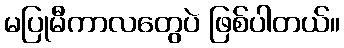
မပြုမီကာလတွေပဲ ဖြစ်ပါတယ်။